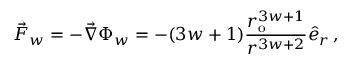
\vec { F } _ { w } = - \vec { \nabla } \Phi _ { w } = - ( 3 w + 1 ) \frac { r _ { \mathrm { { o } } } ^ { 3 w + 1 } } { r ^ { 3 w + 2 } } \hat { e } _ { r } \, ,